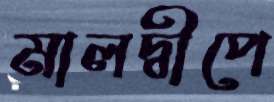
মালদ্বীপে